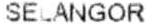
SELANGOR